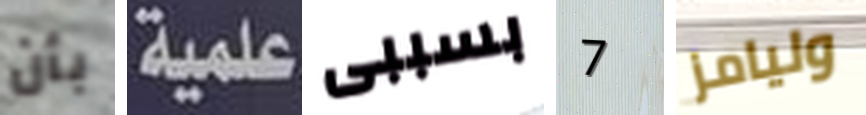
بأن علمية بسببى 7 وليامز